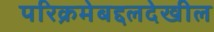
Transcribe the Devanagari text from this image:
परिक्रमेबद्दलदेखील